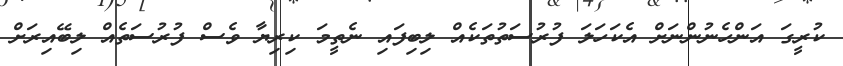
ކުރީގަ އަންހެނުންނަށް އެކަހަލަ ފުރުސަތުތަކެއް ލިބިފައި ނެތީމަ ކިރިޔާ ވެސް ފުރުސަތެއް ލިބޭއިރަށް